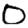
Digit: 0